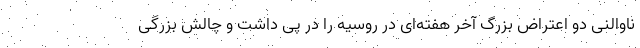
ناوالنی دو اعتراض بزرگ آخر هفته‌ای در روسیه را در پی داشت و چالش بزرگی